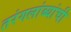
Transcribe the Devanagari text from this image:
तरंगलांब्यांची